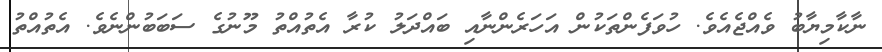
ނާކާމިޔާބު ވެއްޖެއެވެ. ހުވަފެންތަކުން އަހަރެންނާއި ބައްދަލު ކުރާ އެތުއްތު މޫނުގެ ސަބަބުންނެވެ. އެތުއްތު